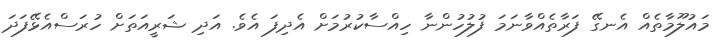
މައުލޫމާތެއް އެނގޭ ފަރާތެއްވާނަމަ ފުލުހުންނާ ހިއްސާކުރުމަށް އެދިފަ އެވެ. އަދި ޝަރީއަތަށް ހުރަސްއެޅޭފަދަ